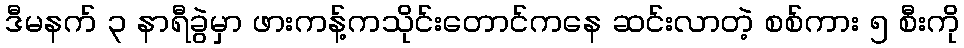
ဒီမနက် ၃ နာရီခွဲမှာ ဖားကန့်ကသိုင်းတောင်ကနေ ဆင်းလာတဲ့ စစ်ကား ၅ စီးကို